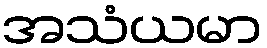
အသံယမာ